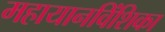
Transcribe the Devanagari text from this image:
महायानविंशिका